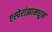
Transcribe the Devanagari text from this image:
एस्पेरांझामधून